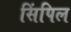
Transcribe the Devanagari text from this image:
सिंपिल